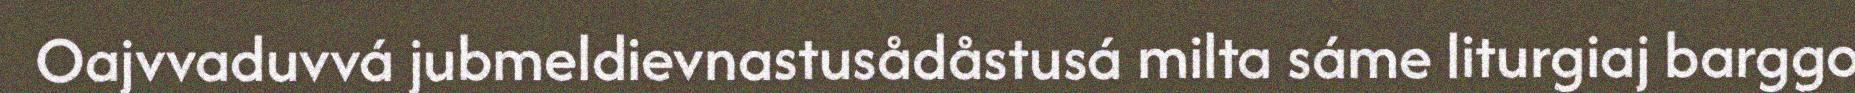
Oajvvaduvvá jubmeldievnastusådåstusá milta sáme liturgiaj barggo